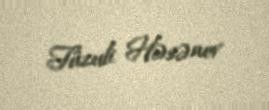
Füzuli Həsənov